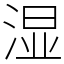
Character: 湿